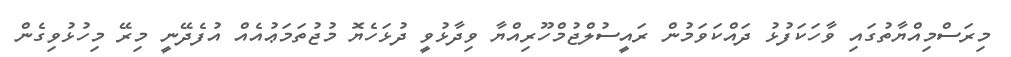
މިރަސްމިއްޔާތުގައި ވާހަކަފުޅު ދައްކަވަމުން ރައީސުލްޖުމްހޫރިއްޔާ ވިދާޅުވީ ދުޅަހެޔޮ މުޖުތަމަޢުއެއް އުފެދޭނީ މިރޭ މިހުޅުވިގެން